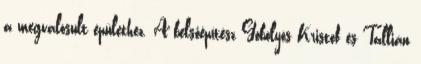
a megvalósult épülethez. A belsőépítész Göbölyös Kristóf és Tallián